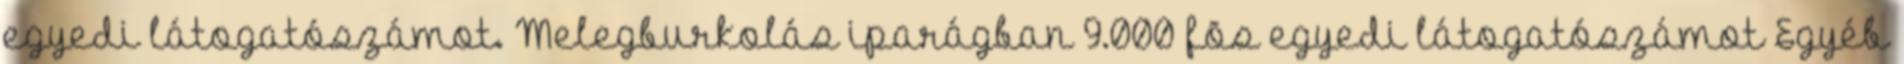
egyedi látogatószámot. Melegburkolás iparágban 9.000 fõs egyedi látogatószámot Egyéb